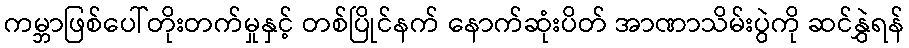
ကမ္ဘာဖြစ်ပေါ်တိုးတက်မှုနှင့် တစ်ပြိုင်နက် နောက်ဆုံးပိတ် အာဏာသိမ်းပွဲကို ဆင်နွှဲရန်